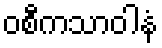
ဝစီကသာဝါနံ